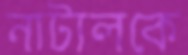
নাটালকে